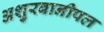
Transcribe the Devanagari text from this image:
अशुरबानीपल